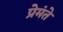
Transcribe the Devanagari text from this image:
प्रेमंते